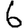
Digit: 6